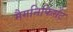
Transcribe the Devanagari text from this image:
मैगनिफिसेंट